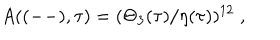
LaTeX: A ( ( -- ) , \tau ) = ( \Theta _ { 3 } ( \tau ) / \eta ( \tau ) ) ^ { 1 2 } \; ,